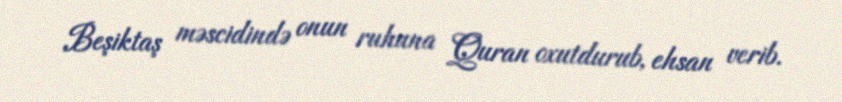
Beşiktaş məscidində onun ruhuna Quran oxutdurub, ehsan verib.